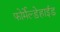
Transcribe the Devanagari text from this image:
फोर्मेल्ड़ेहाईड